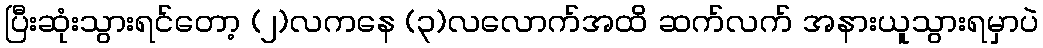
ပြီးဆုံးသွားရင်တော့ (၂)လကနေ (၃)လလောက်အထိ ဆက်လက် အနားယူသွားရမှာပဲ